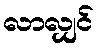
လာလျှင်